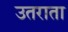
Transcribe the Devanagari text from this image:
उतराता